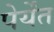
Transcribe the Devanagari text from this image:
पेर्येंत